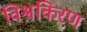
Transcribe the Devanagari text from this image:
विश्वकिरण